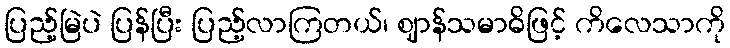
ပြည့်မြဲပဲ ပြန်ပြီး ပြည့်လာကြတယ်၊ ဈာန်သမာဓိဖြင့် ကိလေသာကို